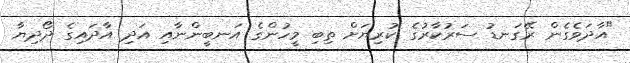
"އާދަވެގެން ރޭގަނޑު ސަރުކާރުގެ ކުރިޔަށް ތިބި މީހުންގެ އަނބީންނާއި އަދި އާދައިގެ ދޯދިޔާ